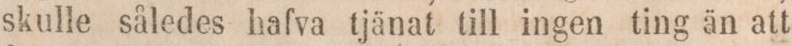
skulle således hafva tjänat till ingen ting än att